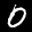
Digit: 0